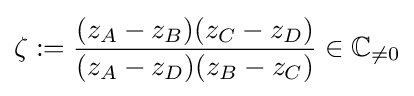
\zeta :={\frac {(z_{A}-z_{B})(z_{C}-z_{D})}{(z_{A}-z_{D})(z_{B}-z_{C})}}\in \mathbb {C} _{\neq 0}